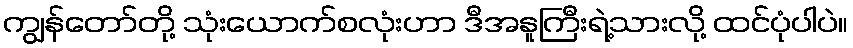
ကျွန်တော်တို့ သုံးယောက်စလုံးဟာ ဒီအနူကြီးရဲ့သားလို့ ထင်ပုံပါပဲ။